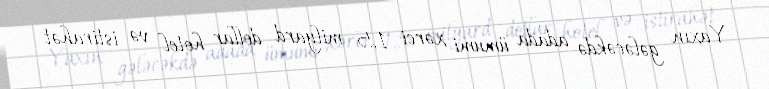
Yaxın gələcəkdə adada ümumi xərci 1,5 milyard dollar hotel və istirahət